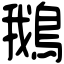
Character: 鵝